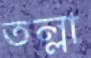
তল্লা